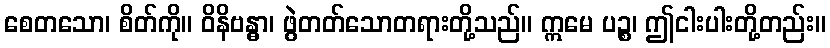
စေတသော၊ စိတ်ကို။ ဝိနိဗန္ဓာ၊ ဖွဲတတ်သောတရားတို့သည်။ ဣမေ ပဉ္စ၊ ဤငါးပါးတို့တည်း။